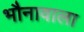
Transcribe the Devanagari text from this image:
भौनावाला